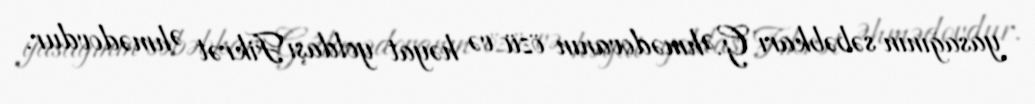
yasağının səbəbkarı G.Əhmədovanın özü və həyat yoldaşı Fikrət Əhmədovdur.